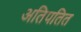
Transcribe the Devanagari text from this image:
अतिपतित